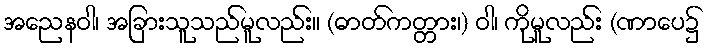
အညေနဝါ၊ အခြားသူသည်မူလည်း။ (ဓာတ်ကတ္တား၊) ဝါ၊ ကိုမူလည်း (ဏာပေ၌